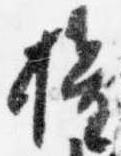
権